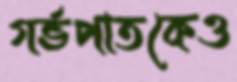
গর্ভপাতকেও